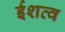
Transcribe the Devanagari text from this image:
ईशत्व